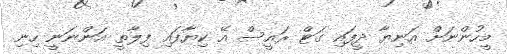
މީހުންނަށް އަނިޔާ ދީފައި ގަޓް ރައީސް އޭ ކިޔާފައި ފިލާތީ އަންނަނީ ހިނި